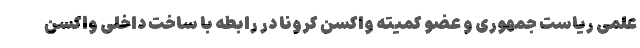
علمی ریاست جمهوری و عضو کمیته واکسن کرونا در رابطه با ساخت داخلی واکسن